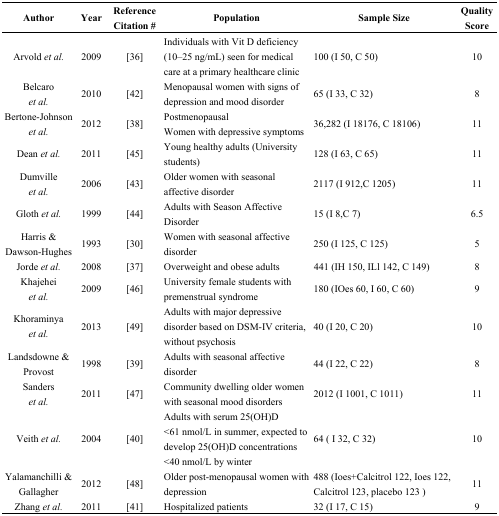
| Author | Year | Reference Citation # | Population | Sample Size | Quality Score |
 | --- | --- | --- | --- | --- | --- |
 | Arvold et al. | 2009 | [36] | Individuals with Vit D deficiency (10–25 ng/mL) seen for medical care at a primary healthcare clinic | 100 (I 50, C 50) | 10 |
 | Belcaro et al. | 2010 | [42] | Menopausal women with signs of depression and mood disorder | 65 (I 33, C 32) | 8 |
 | Bertone-Johnson et al. | 2012 | [38] | PostmenopausalWomen with depressive symptoms | 36,282 (I 18176, C 18106) | 11 |
 | Dean et al. | 2011 | [45] | Young healthy adults (University students) | 128 (I 63, C 65) | 11 |
 | Dumville et al. | 2006 | [43] | Older women with seasonal affective disorder | 2117 (I 912,C 1205) | 11 |
 | Gloth et al. | 1999 | [44] | Adults with Season Affective Disorder | 15 (I 8,C 7) | 6.5 |
 | Harris & Dawson-Hughes | 1993 | [30] | Women with seasonal affective disorder | 250 (I 125, C 125) | 5 |
 | Jorde et al. | 2008 | [37] | Overweight and obese adults | 441 (IH 150, ILl 142, C 149) | 8 |
 | Khajehei et al. | 2009 | [46] | University female students with premenstrual syndrome | 180 (IOes 60, I 60, C 60) | 9 |
 | Khoraminya et al. | 2013 | [49] | Adults with major depressive disorder based on DSM-IV criteria, without psychosis | 40 (I 20, C 20) | 10 |
 | Landsdowne & Provost | 1998 | [39] | Adults with seasonal affective disorder | 44 (I 22, C 22) | 8 |
 | Sanders et al. | 2011 | [47] | Community dwelling older women with seasonal mood disorders | 2012 (I 1001, C 1011) | 11 |
 | Veith et al. | 2004 | [40] | Adults with serum 25(OH)D <61 nmol/L in summer, expected to develop 25(OH)D concentrations <40 nmol/L by winter | 64 ( I 32, C 32) | 10 |
 | Yalamanchilli & Gallagher | 2012 | [48] | Older post-menopausal women with depression | 488 (Ioes+Calcitrol 122, Ioes 122, Calcitrol 123, placebo 123 ) | 11 |
 | Zhang et al. | 2011 | [41] | Hospitalized patients | 32 (I 17, C 15) | 9 |